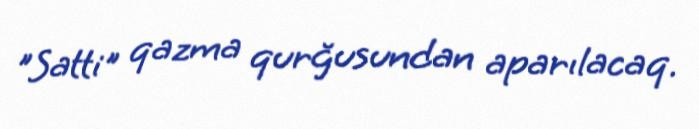
"Satti" qazma qurğusundan aparılacaq.